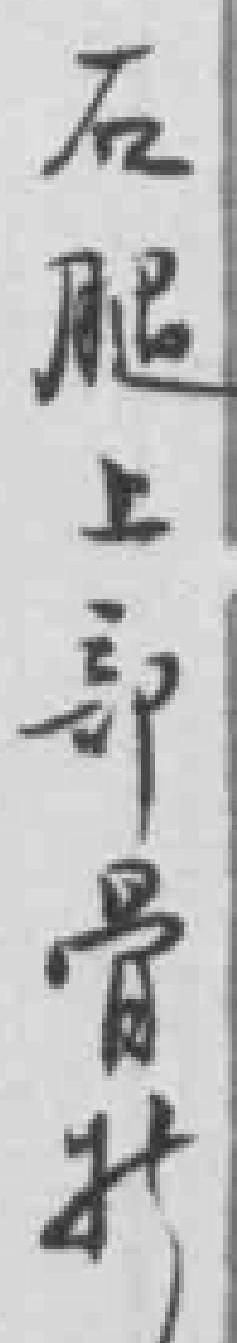
右腿上部骨折